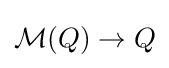
{\mathcal {M}}(Q)\to Q